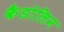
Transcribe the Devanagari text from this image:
कैंडोलिम